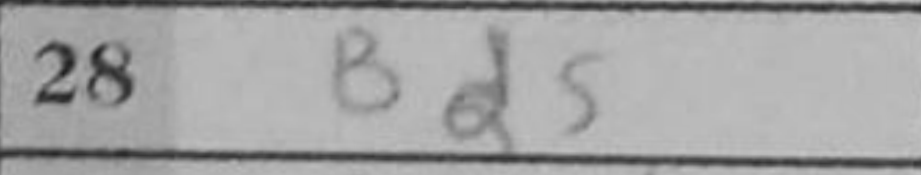
Transcription: Bd5